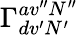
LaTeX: \Gamma_{dv^{\prime}N^{\prime}}^{av^{\prime\prime}N^{\prime\prime}}